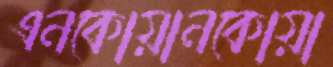
এনকোয়ানকোয়া